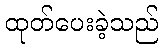
ထုတ်ပေးခဲ့သည်